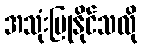
အသုံးပြုနိုင်သလို